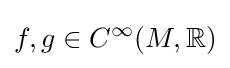
f,g\in C^{\infty }(M,\mathbb {R} )